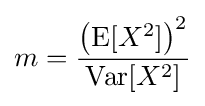
m={\frac {\left(\operatorname {E} [X^{2}]\right)^{2}}{\operatorname {Var} [X^{2}]}}